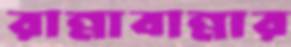
রান্নাবান্নার